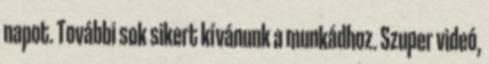
napot. További sok sikert kívánunk a munkádhoz. Szuper videó,